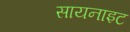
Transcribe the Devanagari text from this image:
सायनाइट